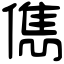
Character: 儁